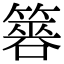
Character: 簭